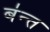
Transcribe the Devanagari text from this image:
ब॑न्त